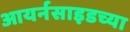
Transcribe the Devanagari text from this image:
आयर्नसाइडच्या